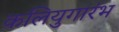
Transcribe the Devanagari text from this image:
कलियुगारंभ